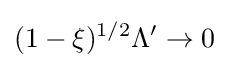
(1-\xi )^{1/2}\Lambda '\rightarrow 0